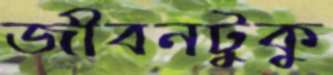
জীবনটুকু